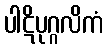
ပါဋိပုဂ္ဂလိကံ